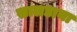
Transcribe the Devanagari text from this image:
सालडाना